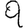
Digit: 9